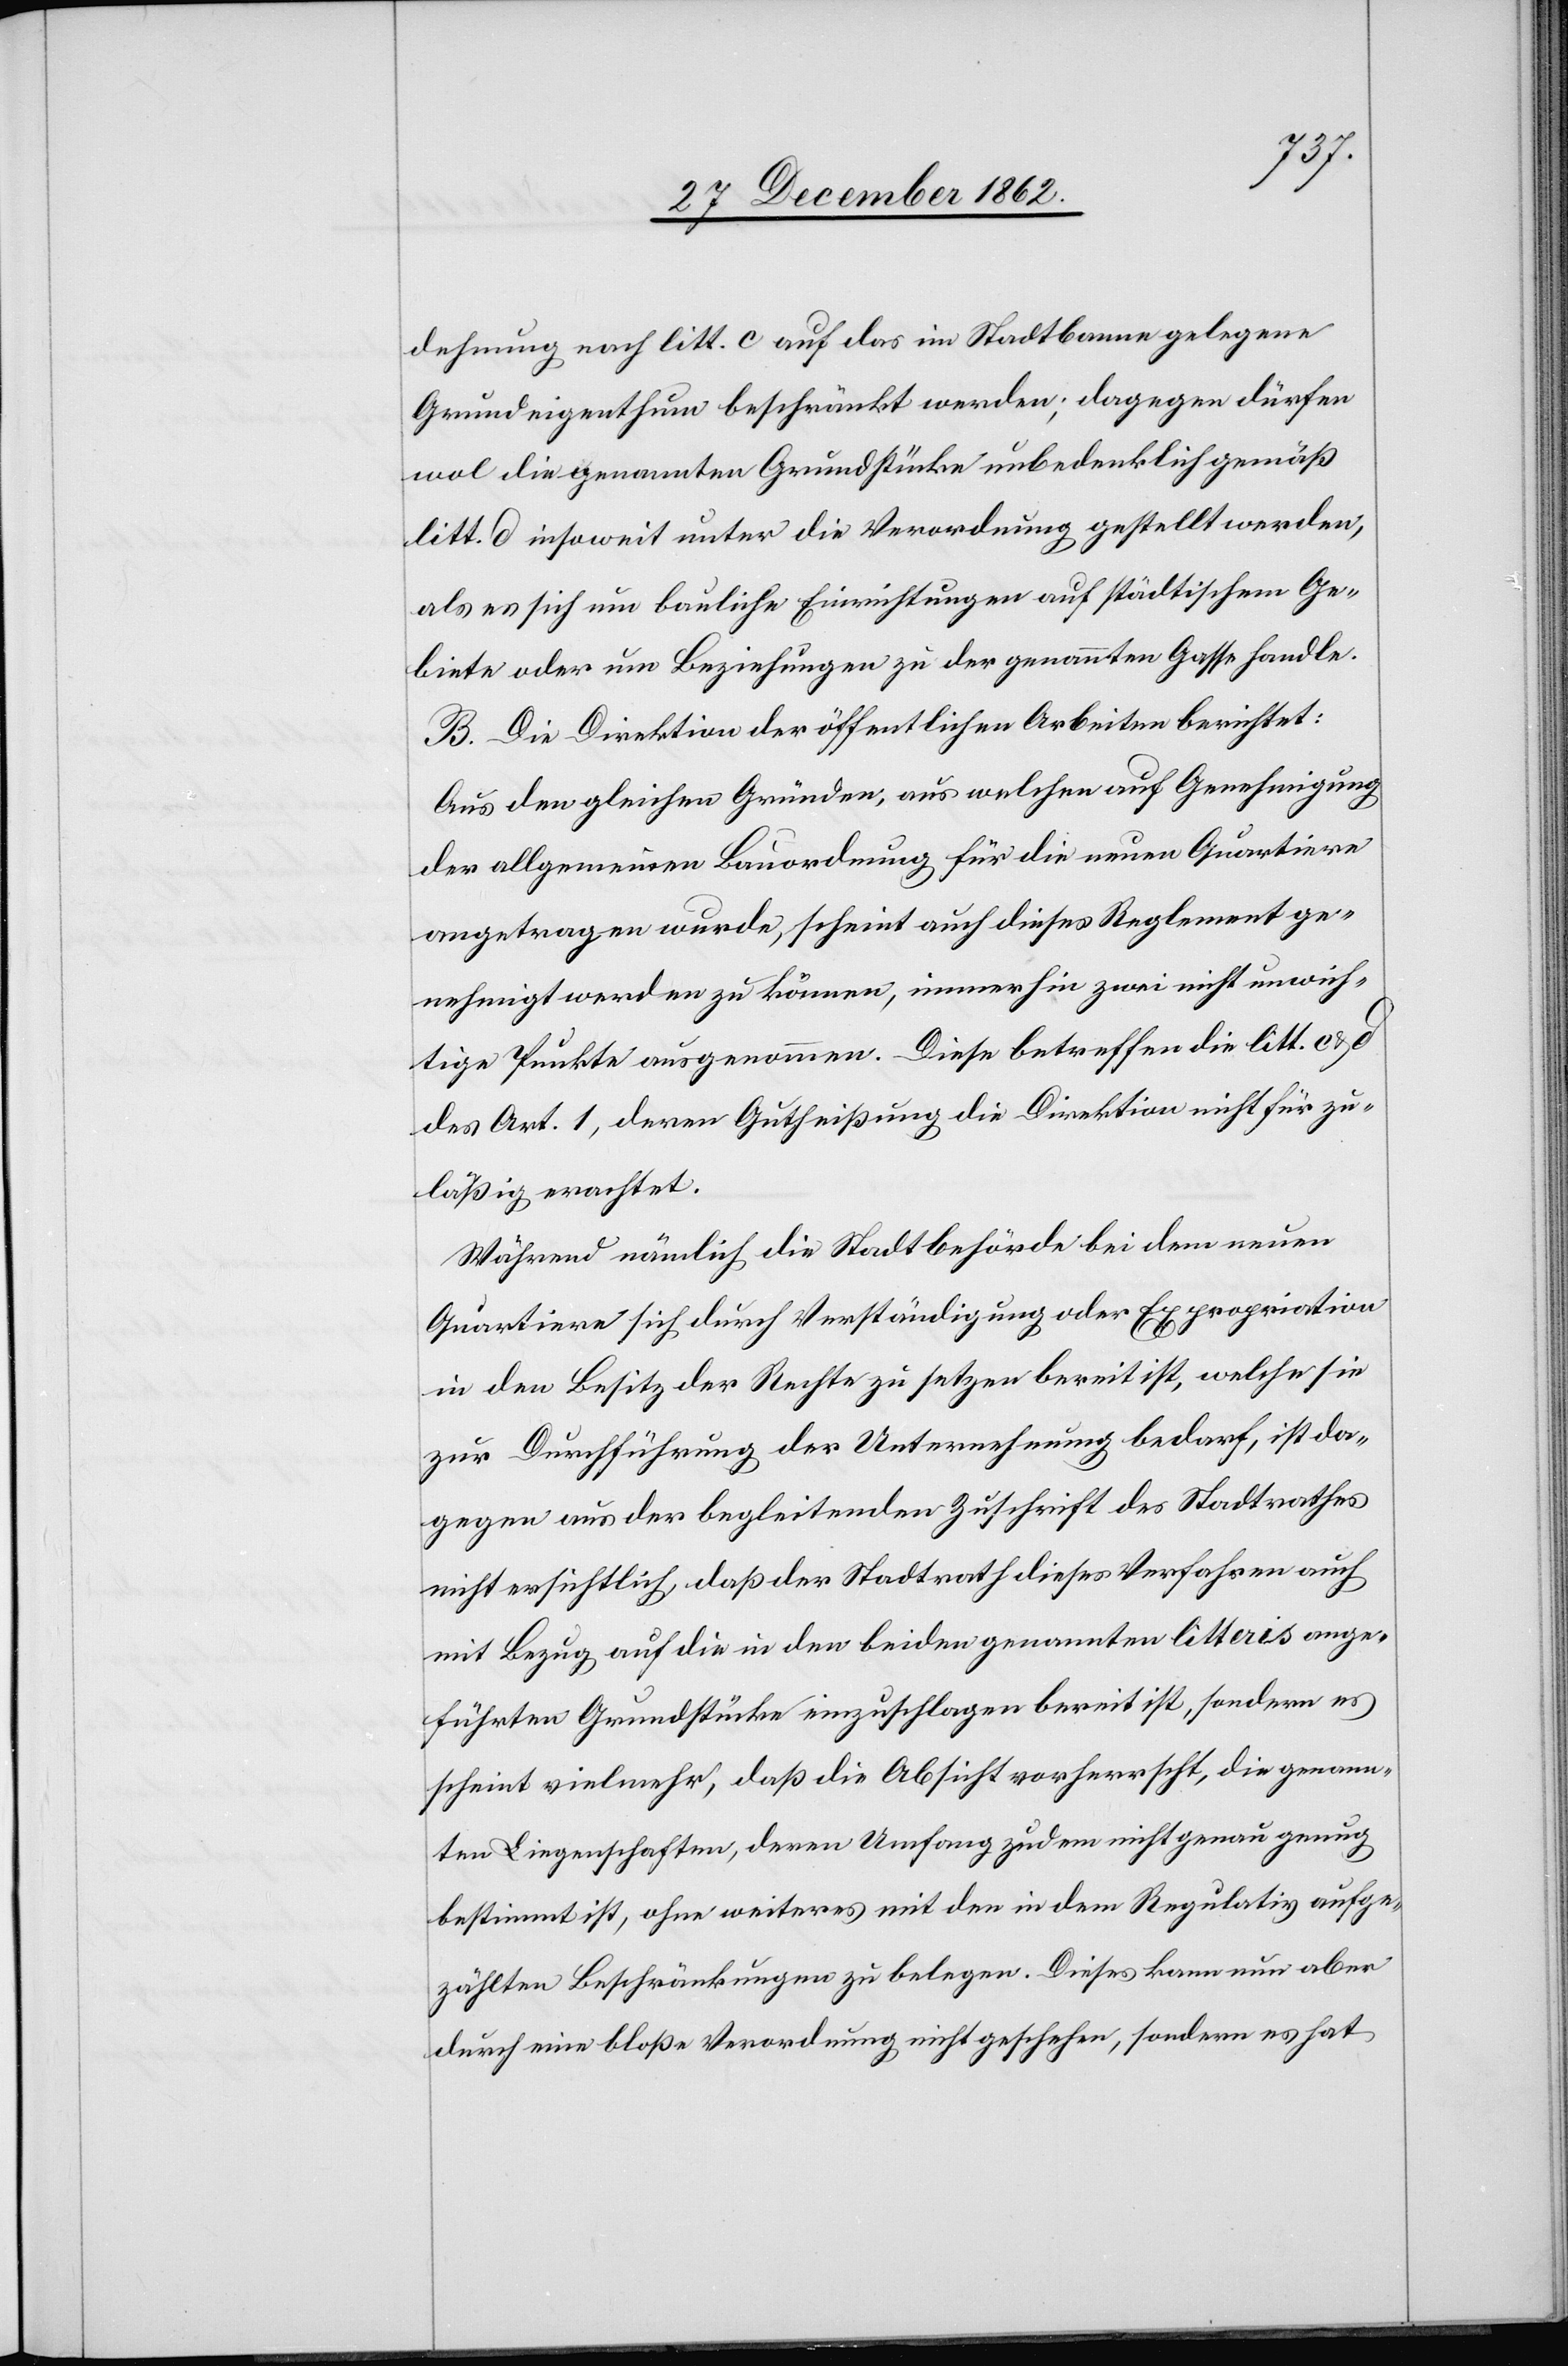
dehnung nach litt. c auf das im Stadtbanne gelegene
Grundeigenthum beschränkt werden; dagegen dürfen
wol die genannten Grundstücke unbedenklich gemäß
litt. d insoweit unter die Verordnung gestellt werden,
als es sich um bauliche Einrichtungen auf städtischem Ge¬
biete oder um Beziehungen zu der genannten Gasse handle.
B. Die Direktion der öffentlichen Arbeiten berichtet:
Aus den gleichen Gründen, aus welchen auf Genehmigung
der allgemeinen Bauordnung für die neuen Quartiere
angetragen wurde, scheint auch dieses Reglement ge¬
nehmigt werden zu könne, immer hin zwei nicht unwich¬
tige Punkte ausgenommen. Diese betreffen die litt. c u. d.
des Art. 1, deren Gutheißung die Direktion nicht für zu¬
läßig erachtet.
Während nämlich die Stadtbehörde bei dem neuen
Quartiere sich durch Verständigung der Expropriation
in den Besitz der Rechte zu setzen bereit ist, welche sie
zur Durchführung der Unternehmung bedarf, ist da¬
gegen aus der begleitenden Zuschrift des Stadtrathes
nicht ersichtlich, daß der Stadtrath dieses Verfahren auch
mit Bezug auf die in den beiden genannten litteris ange¬
führten Grundstücke einzuschlagen bereit ist, sondern es
scheint vielmehr, daß die Absicht vorherrscht, die genann¬
ten Liegenschaften, deren Umfang zudem nicht genau genug
bestimmt ist, ohne weiteres mit den in dem Regulativ aufge¬
zählten Beschränkungen zu belegen. Dieses kann nun aber
durch eine bloße Verordnung nicht geschehen, sondern es hat